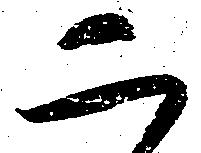
二